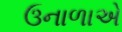
ઉનાળાએ